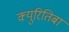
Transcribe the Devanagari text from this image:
क्युरितिबा